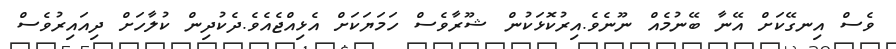
ވެސް އިނގޭކަށް އޭނާ ބޭނުމެއް ނޫނެވެ.އިރުކޮޅަކުން ޝޫރާވެސް ހަމަޔަކަށް އެޅިއްޖެއެވެ.ދެކުދިން ކުލާހަށް ދިއައިރުވެސް